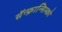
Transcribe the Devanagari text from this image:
सॅन्‍फ्रान्सिस्को